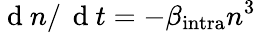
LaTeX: \mathrm{~d~}n/\, \mathrm{~d~}t=-\beta_{\mathrm{{intra}}}n^{3}